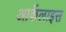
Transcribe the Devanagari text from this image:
आर्केलाइस